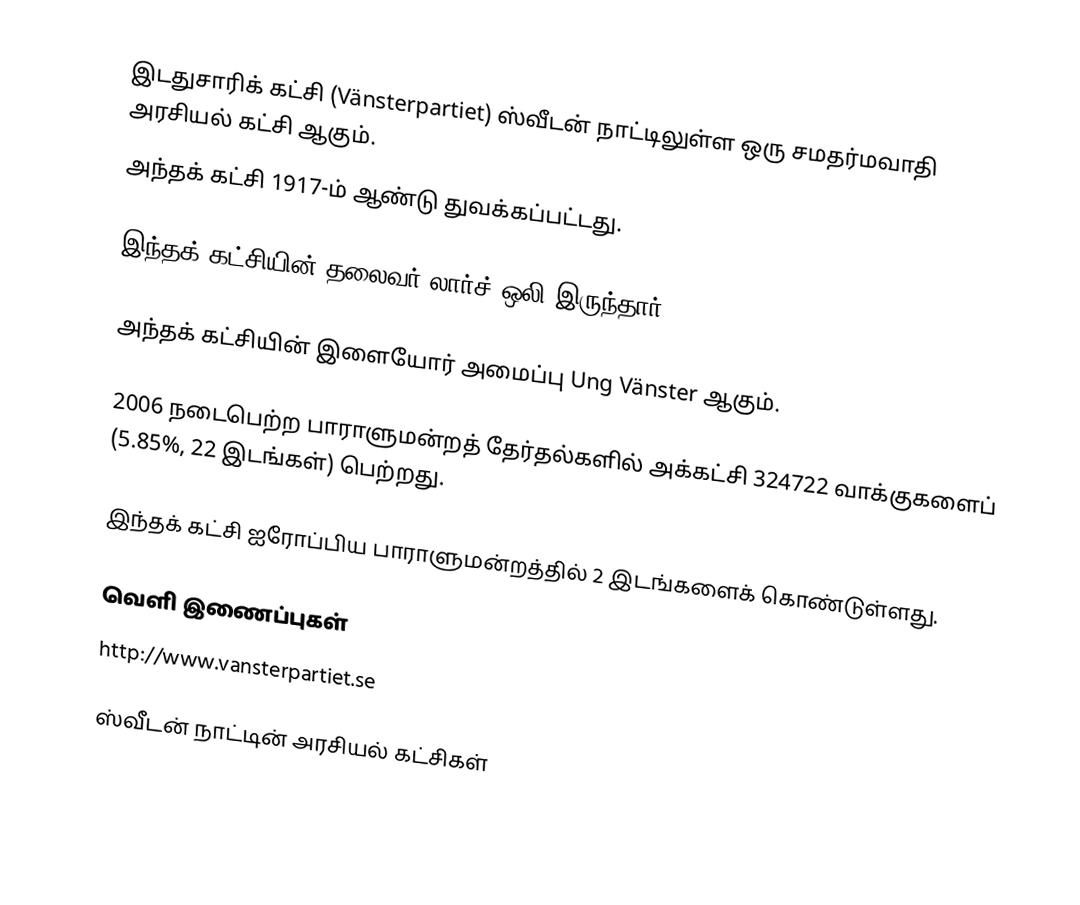
இடதுசாரிக் கட்சி (Vänsterpartiet) ஸ்வீடன் நாட்டிலுள்ள ஒரு சமதர்மவாதி அரசியல் கட்சி ஆகும்.
அந்தக் கட்சி 1917-ம் ஆண்டு துவக்கப்பட்டது.

இந்தக் கட்சியின் தலைவர் லார்ச் ஒலி இருந்தார்.

அந்தக் கட்சியின் இளையோர் அமைப்பு Ung Vänster ஆகும்.

2006 நடைபெற்ற பாராளுமன்றத் தேர்தல்களில் அக்கட்சி 324722 வாக்குகளைப் (5.85%, 22 இடங்கள்) பெற்றது.

இந்தக் கட்சி ஐரோப்பிய பாராளுமன்றத்தில் 2 இடங்களைக் கொண்டுள்ளது.

வெளி இணைப்புகள்
 http://www.vansterpartiet.se

ஸ்வீடன் நாட்டின் அரசியல் கட்சிகள்